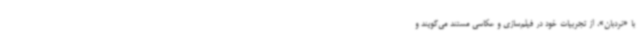
با «نردبان»، از تجربیات خود در فیلم‌سازی و عکاسی مستند می‌گویند و